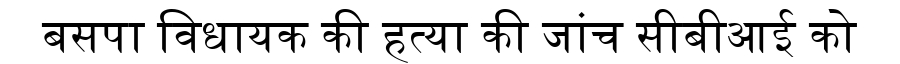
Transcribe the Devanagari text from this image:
बसपा विधायक की हत्या की जांच सीबीआई को